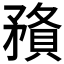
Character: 𥎉